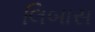
લિબાસ